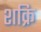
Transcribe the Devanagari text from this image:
शक्रि